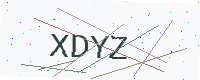
Text: XDYZ